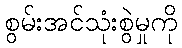
စွမ်းအင်သုံးစွဲမှုကို